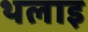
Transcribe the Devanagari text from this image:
थलाइ